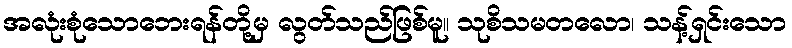
အလုံးစုံသောဘေးရန်တို့မှ လွတ်သည်ဖြစ်မူ။ သုစိသမတလော၊ သန့်ရှင်းသော